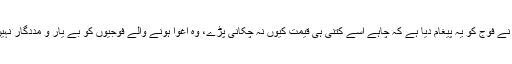
لبنانی حکومت نے فوج کو یہ پیغام دیا ہے کہ چاہے اسے کتنی ہی قیمت کیوں نہ چکانی پڑے، وہ اغوا ہونے والے فوجیوں کو بے یار و مددگار نہیں چھوڑے گی۔